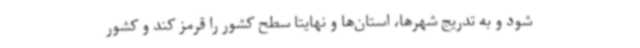
شود و به تدریج شهرها، استان‌ها و نهایتا سطح کشور را قرمز کند و کشور